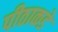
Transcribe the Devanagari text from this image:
पीठाकडे